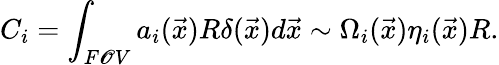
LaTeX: C_{i}=\int_{F\mathscr{O}V}a_{i}(\vec{{x}})R\delta(\vec{{x}})d\vec{{x}}\sim\Omega_{i}(\vec{{x}})\eta_{i}(\vec{{x}})R.